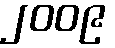
၂၀၀၉